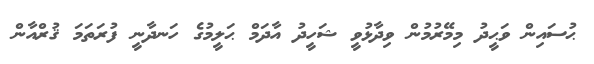
ޙުސައިން ވަޙީދު މިމޭރުމުން ވިދާޅުވީ ޝަހީދު އާދަމް ޙަލީމުގެ ހަނދާނީ ފުރަތަމަ ޤުރްއާން